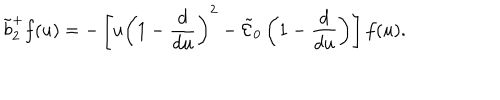
LaTeX: \tilde { b } _ { 2 } ^ { + } f ( u ) = - \left[ u \left( 1 - { \frac { d } { d u } } \right) ^ { 2 } - \tilde { \cal E } _ { 0 } \left( 1 - { \frac { d } { d u } } \right) \right] f ( u ) .